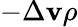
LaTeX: -\Delta\mathbf{v}\rho